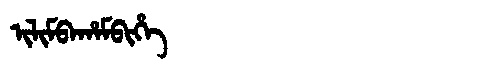
Manchu: ᡳᠯᡳᠮᠪᠠᡥᠠᠮᠪᡳᡥᡝ
Romanization: ILIMBAHAMBIHE